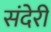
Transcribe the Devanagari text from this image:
संदेरी